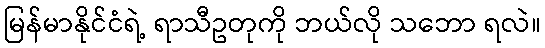
မြန်မာနိုင်ငံရဲ့ ရာသီဥတုကို ဘယ်လို သဘော ရလဲ။